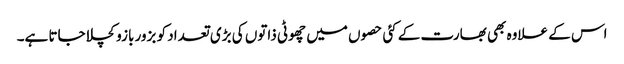
اس کے علاوہ بھی بھارت کے کئی حصوں میں چھوٹی ذاتوں کی بڑی تعداد کو بزور بازو کچلا جاتا ہے۔